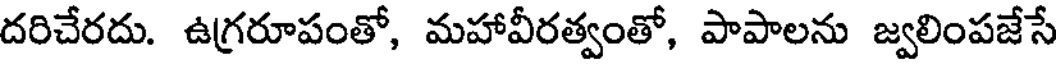
దరిచేరదు. ఉగ్రరూపంతో, మహావీరత్వంతో, పాపాలను జ్వలింపజేసే